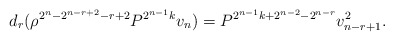
\begin{align*}d_r ( \rho^{2^n - 2^{n-r+2} - r + 2} P^{2^{n-1} k} v_n ) =P^{2^{n-1} k + 2^{n-2} - 2^{n-r}} v_{n-r+1}^2.\end{align*}